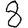
Digit: 8